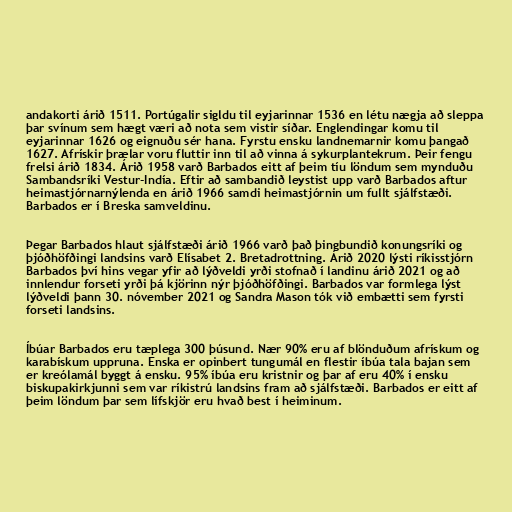
andakorti árið 1511. Portúgalir sigldu til eyjarinnar 1536 en létu nægja að sleppa
þar svínum sem hægt væri að nota sem vistir síðar. Englendingar komu til
eyjarinnar 1626 og eignuðu sér hana. Fyrstu ensku landnemarnir komu þangað
1627. Afrískir þrælar voru fluttir inn til að vinna á sykurplantekrum. Þeir fengu
frelsi árið 1834. Árið 1958 varð Barbados eitt af þeim tíu löndum sem mynduðu
Sambandsríki Vestur-Indía. Eftir að sambandið leystist upp varð Barbados aftur
heimastjórnarnýlenda en árið 1966 samdi heimastjórnin um fullt sjálfstæði.
Barbados er í Breska samveldinu.

Þegar Barbados hlaut sjálfstæði árið 1966 varð það þingbundið konungsríki og
þjóðhöfðingi landsins varð Elísabet 2. Bretadrottning. Árið 2020 lýsti ríkisstjórn
Barbados því hins vegar yfir að lýðveldi yrði stofnað í landinu árið 2021 og að
innlendur forseti yrði þá kjörinn nýr þjóðhöfðingi. Barbados var formlega lýst
lýðveldi þann 30. nóvember 2021 og Sandra Mason tók við embætti sem fyrsti
forseti landsins.

Íbúar Barbados eru tæplega 300 þúsund. Nær 90% eru af blönduðum afrískum og
karabískum uppruna. Enska er opinbert tungumál en flestir íbúa tala bajan sem
er kreólamál byggt á ensku. 95% íbúa eru kristnir og þar af eru 40% í ensku
biskupakirkjunni sem var ríkistrú landsins fram að sjálfstæði. Barbados er eitt af
þeim löndum þar sem lífskjör eru hvað best í heiminum.